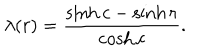
\lambda ( r ) = \frac { \sinh c - \sinh r } { \cosh c } .